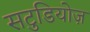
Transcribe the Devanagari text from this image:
सटुडियोज़